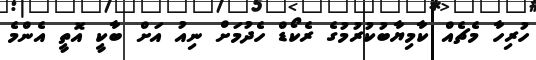
ހުރިހާ މެޗެއް ކާމިޔާބުކުރުމުގެ ރެކޯޑް ހެދުމަށް ނިއު އަށް ބާކީ އޮތީ އެންމެ